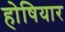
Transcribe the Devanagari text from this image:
होषियार